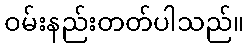
ဝမ်းနည်းတတ်ပါသည်။